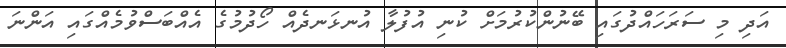
އަދި މި ސަރަހައްދުގައި ބޭނުންކުރުމަށް ކުނި އުފުލާ އުނޅަނދެއް ހޯދުމުގެ އެއްބަސްވުމެއްގައި އަންނަ